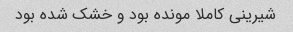
شیرینی کاملا مونده بود و خشک شده بود